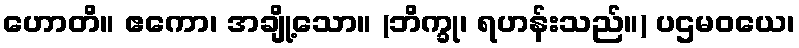
ဟောတိ။ ဧကော၊ အချို့သော။ (ဘိက္ခု၊ ရဟန်းသည်။) ပဌမဝယေ၊